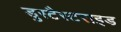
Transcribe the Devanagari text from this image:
डुस्टैस्टराइड